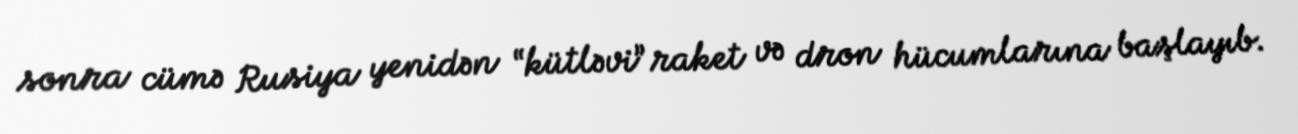
sonra cümə Rusiya yenidən “kütləvi” raket və dron hücumlarına başlayıb.